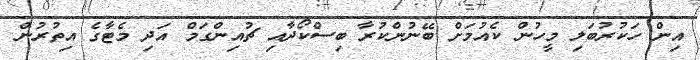
އިން ހަކުރުބަލި މީހުން ކެއުމަށް ބޭނުންކުރާ ބިސްކޯދާއި ޗުއިންގަމް އަދި މެޓާގެ އިތުރުން